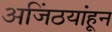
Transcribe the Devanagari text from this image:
अजिंठयांहून